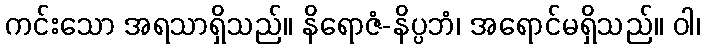
ကင်းသော အရသာရှိသည်။ နိရောဇံ-နိပ္ပဘံ၊ အရောင်မရှိသည်။ ဝါ၊